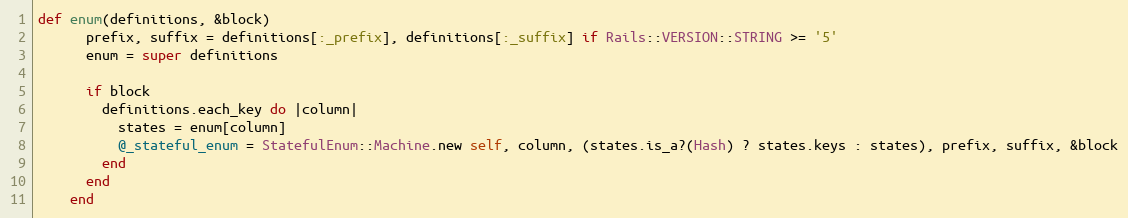
Language: Ruby
def enum(definitions, &block)
      prefix, suffix = definitions[:_prefix], definitions[:_suffix] if Rails::VERSION::STRING >= '5'
      enum = super definitions

      if block
        definitions.each_key do |column|
          states = enum[column]
          @_stateful_enum = StatefulEnum::Machine.new self, column, (states.is_a?(Hash) ? states.keys : states), prefix, suffix, &block
        end
      end
    end